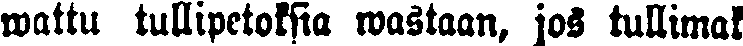
wattu tullipetoksia wastaan, jos tullimak